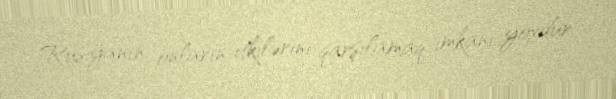
Rusiyanın onların itkilərini qarşılamaq imkanı yoxdur.